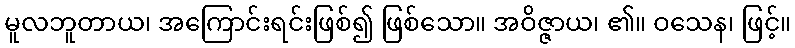
မူလဘူတာယ၊ အကြောင်းရင်းဖြစ်၍ ဖြစ်သော။ အဝိဇ္ဇာယ၊ ၏။ ဝသေန၊ ဖြင့်။